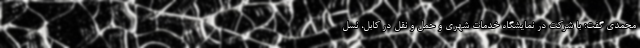
محمدی گفت: با شرکت در نمایشگاه خدمات شهری و حمل و نقل در کابل، نسل